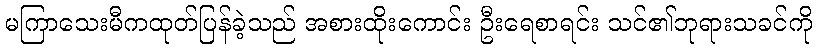
မကြာသေးမီကထုတ်ပြန်ခဲ့သည် အစားထိုးကောင်း ဦးရေစာရင်း သင်၏ဘုရားသခင်ကို